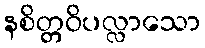
နစိတ္တဝိပလ္လာသော